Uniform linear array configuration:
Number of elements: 64
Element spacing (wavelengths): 0.75
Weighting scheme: binomial
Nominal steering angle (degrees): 45
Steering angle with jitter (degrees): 45.982
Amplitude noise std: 0.05
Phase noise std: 0.05

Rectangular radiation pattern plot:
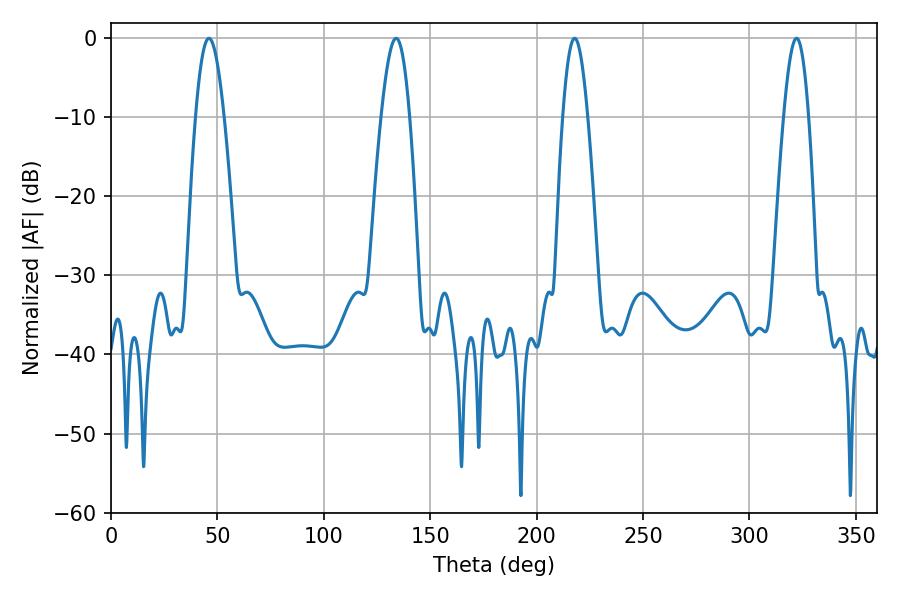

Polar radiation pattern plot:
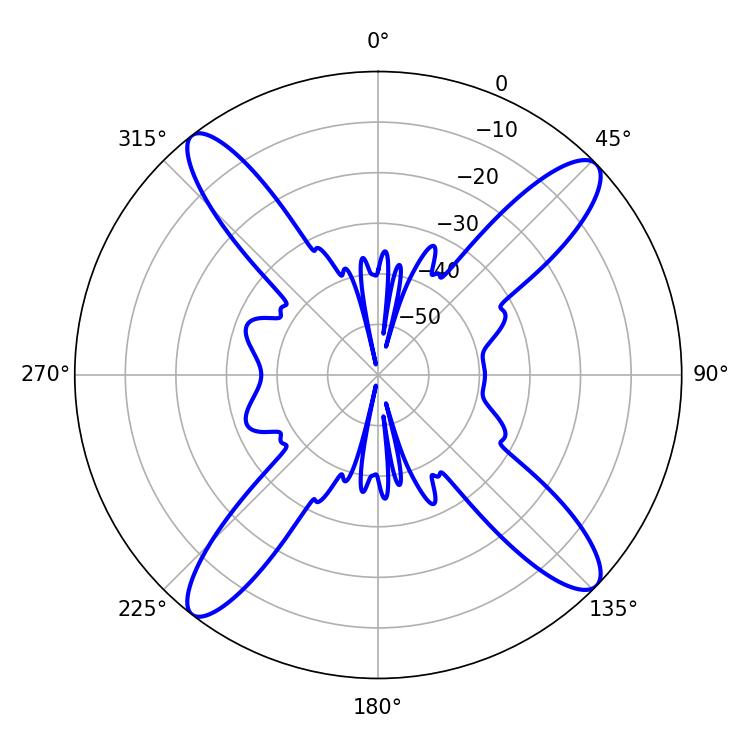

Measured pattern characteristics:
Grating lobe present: TRUE
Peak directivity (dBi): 16.031
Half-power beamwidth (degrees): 7.2
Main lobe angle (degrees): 133.92